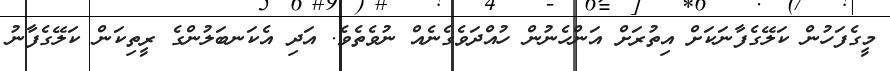
މީގެފަހުން ކަލޭގެފާނަކަށް އިތުރަށް އަންހެނުން ހުއްދަވެގެނެއް ނުވެތެވެ. އަދި އެކަނބަލުންގެ ރީތިކަން ކަލޭގެފާނު